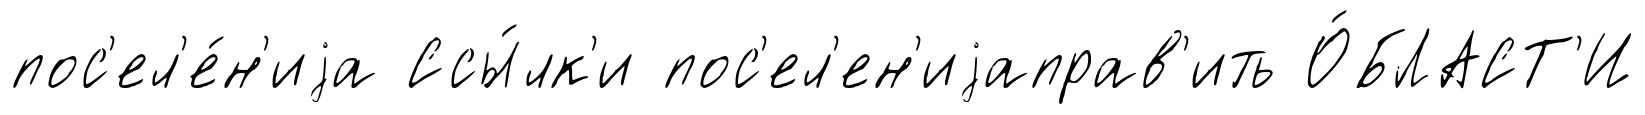
пос'ел'е́н'иjа Ссы́лк'и пос'ел'ен'иjаправ'ить О́БЛАСТ'И